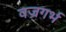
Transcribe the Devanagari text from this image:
वज्रगर्भ